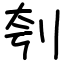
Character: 刳